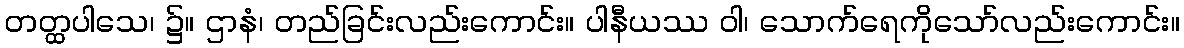
တတ္ထပါသေ၊ ၌။ ဌာနံ၊ တည်ခြင်းလည်းကောင်း။ ပါနီယဿ ဝါ၊ သောက်ရေကိုသော်လည်းကောင်း။